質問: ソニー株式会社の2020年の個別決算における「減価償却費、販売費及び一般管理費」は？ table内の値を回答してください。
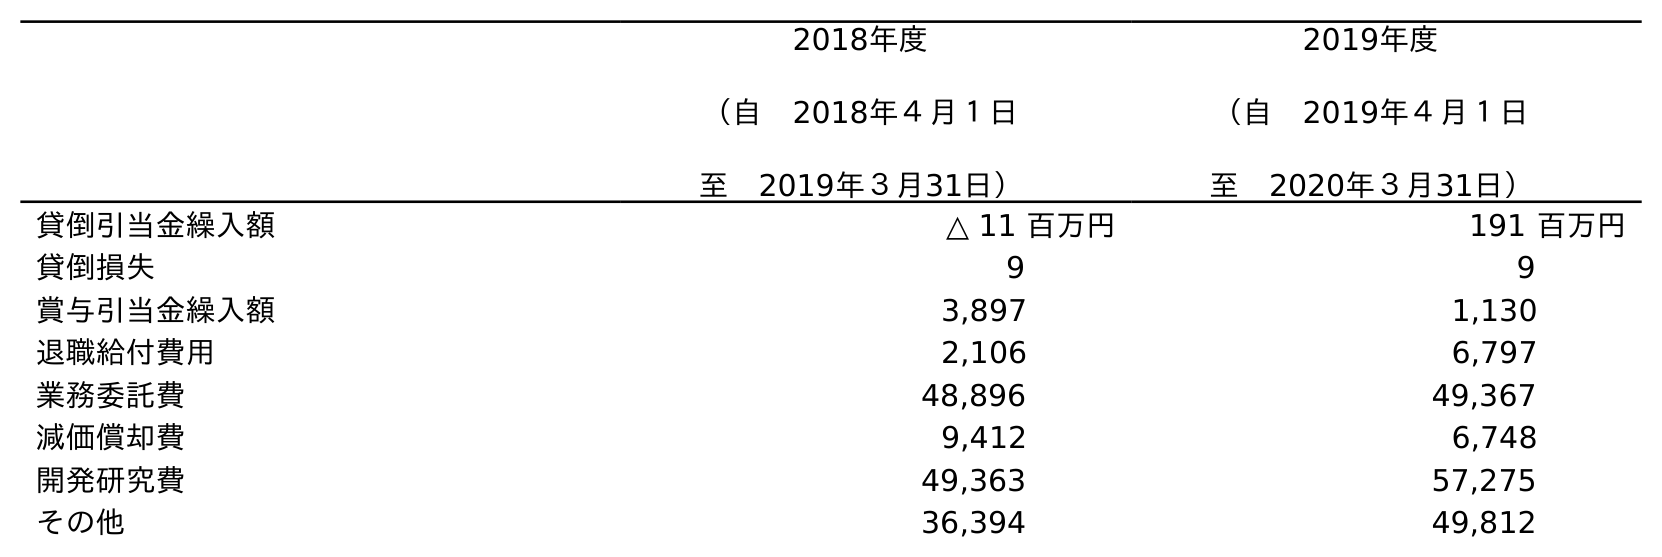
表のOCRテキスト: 2018年度 （自 2018年４月１日 至 2019年３月31日） 2019年度 （自 2019年４月１日 至 2020年３月31日） 貸倒引当金繰入額 △ 11 百万円 191 百万円 貸倒損失 9 9 賞与引当金繰入額 3,897 1,130 退職給付費用 2,106 6,797 業務委託費 48,896 49,367 減価償却費 9,412 6,748 開発研究費 49,363 57,275 その他 36,394 49,812
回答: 6,748